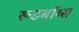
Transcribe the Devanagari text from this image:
रूडबॉय्स